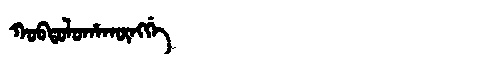
Manchu: ᡴᠣᠪᡨᠣᠯᠣᡥᠠᡴᡡᠩᡤᡝ
Romanization: KOBTOLOHAKŪNGGE